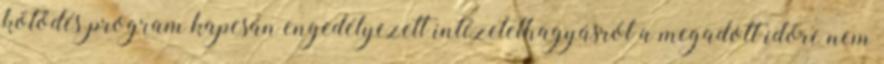
kötődés program kapcsán engedélyezett intézetelhagyásról a megadott időre nem